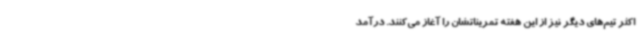
اکثر تیم‌های دیگر نیز از این هفته تمریناتشان را آغاز می‌کنند. درآمد